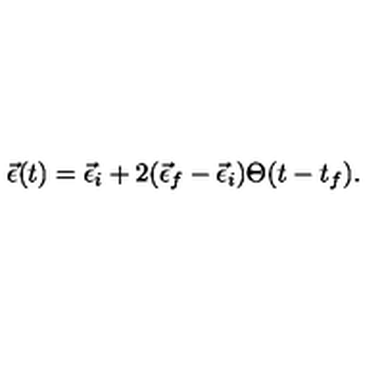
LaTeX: \vec { \epsilon } ( t ) = \vec { \epsilon } _ { i } + 2 ( \vec { \epsilon } _ { f } - \vec { \epsilon } _ { i } ) \Theta ( t - t _ { f } ) .